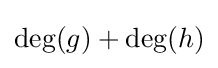
\deg(g)+\deg(h)